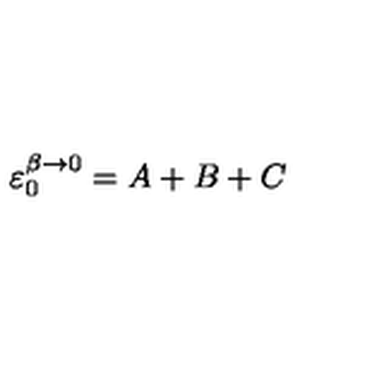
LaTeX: \varepsilon _ { 0 } ^ { \beta \rightarrow 0 } = A + B + C